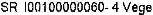
SR I00100000060- 4 VEGE